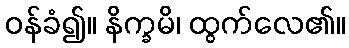
ဝန်ခံ၍။ နိက္ခမိ၊ ထွက်လေ၏။